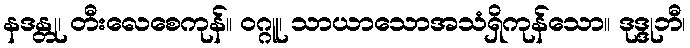
နဒန္တု၊ တီးလေစေကုန်။ ဝဂ္ဂူ၊ သာယာသောအသံရှိကုန်သော။ ဒုဒ္ဒုဘီ၊